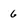
Character: 6